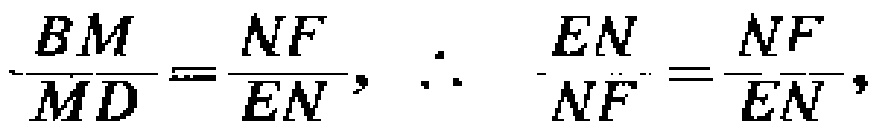
\(\frac{BM}{MD}=\frac{NF}{EN},\ \therefore\ \frac{EN}{NF}=\frac{NF}{EN},\)